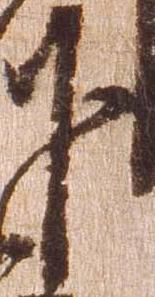
下